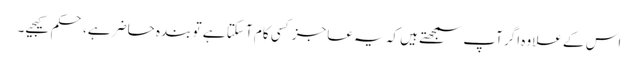
اس کے علاوہ اگر آپ سمجھتے ہیں کہ یہ عاجز کسی کام آ سکتا ہے تو بندہ حاضر ہے، حکم کیجیے۔